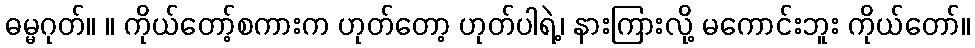
ဓမ္မဂုတ်။ ။ ကိုယ်တော့်စကားက ဟုတ်တော့ ဟုတ်ပါရဲ့၊ နားကြားလို့ မကောင်းဘူး ကိုယ်တော်။